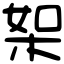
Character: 桇